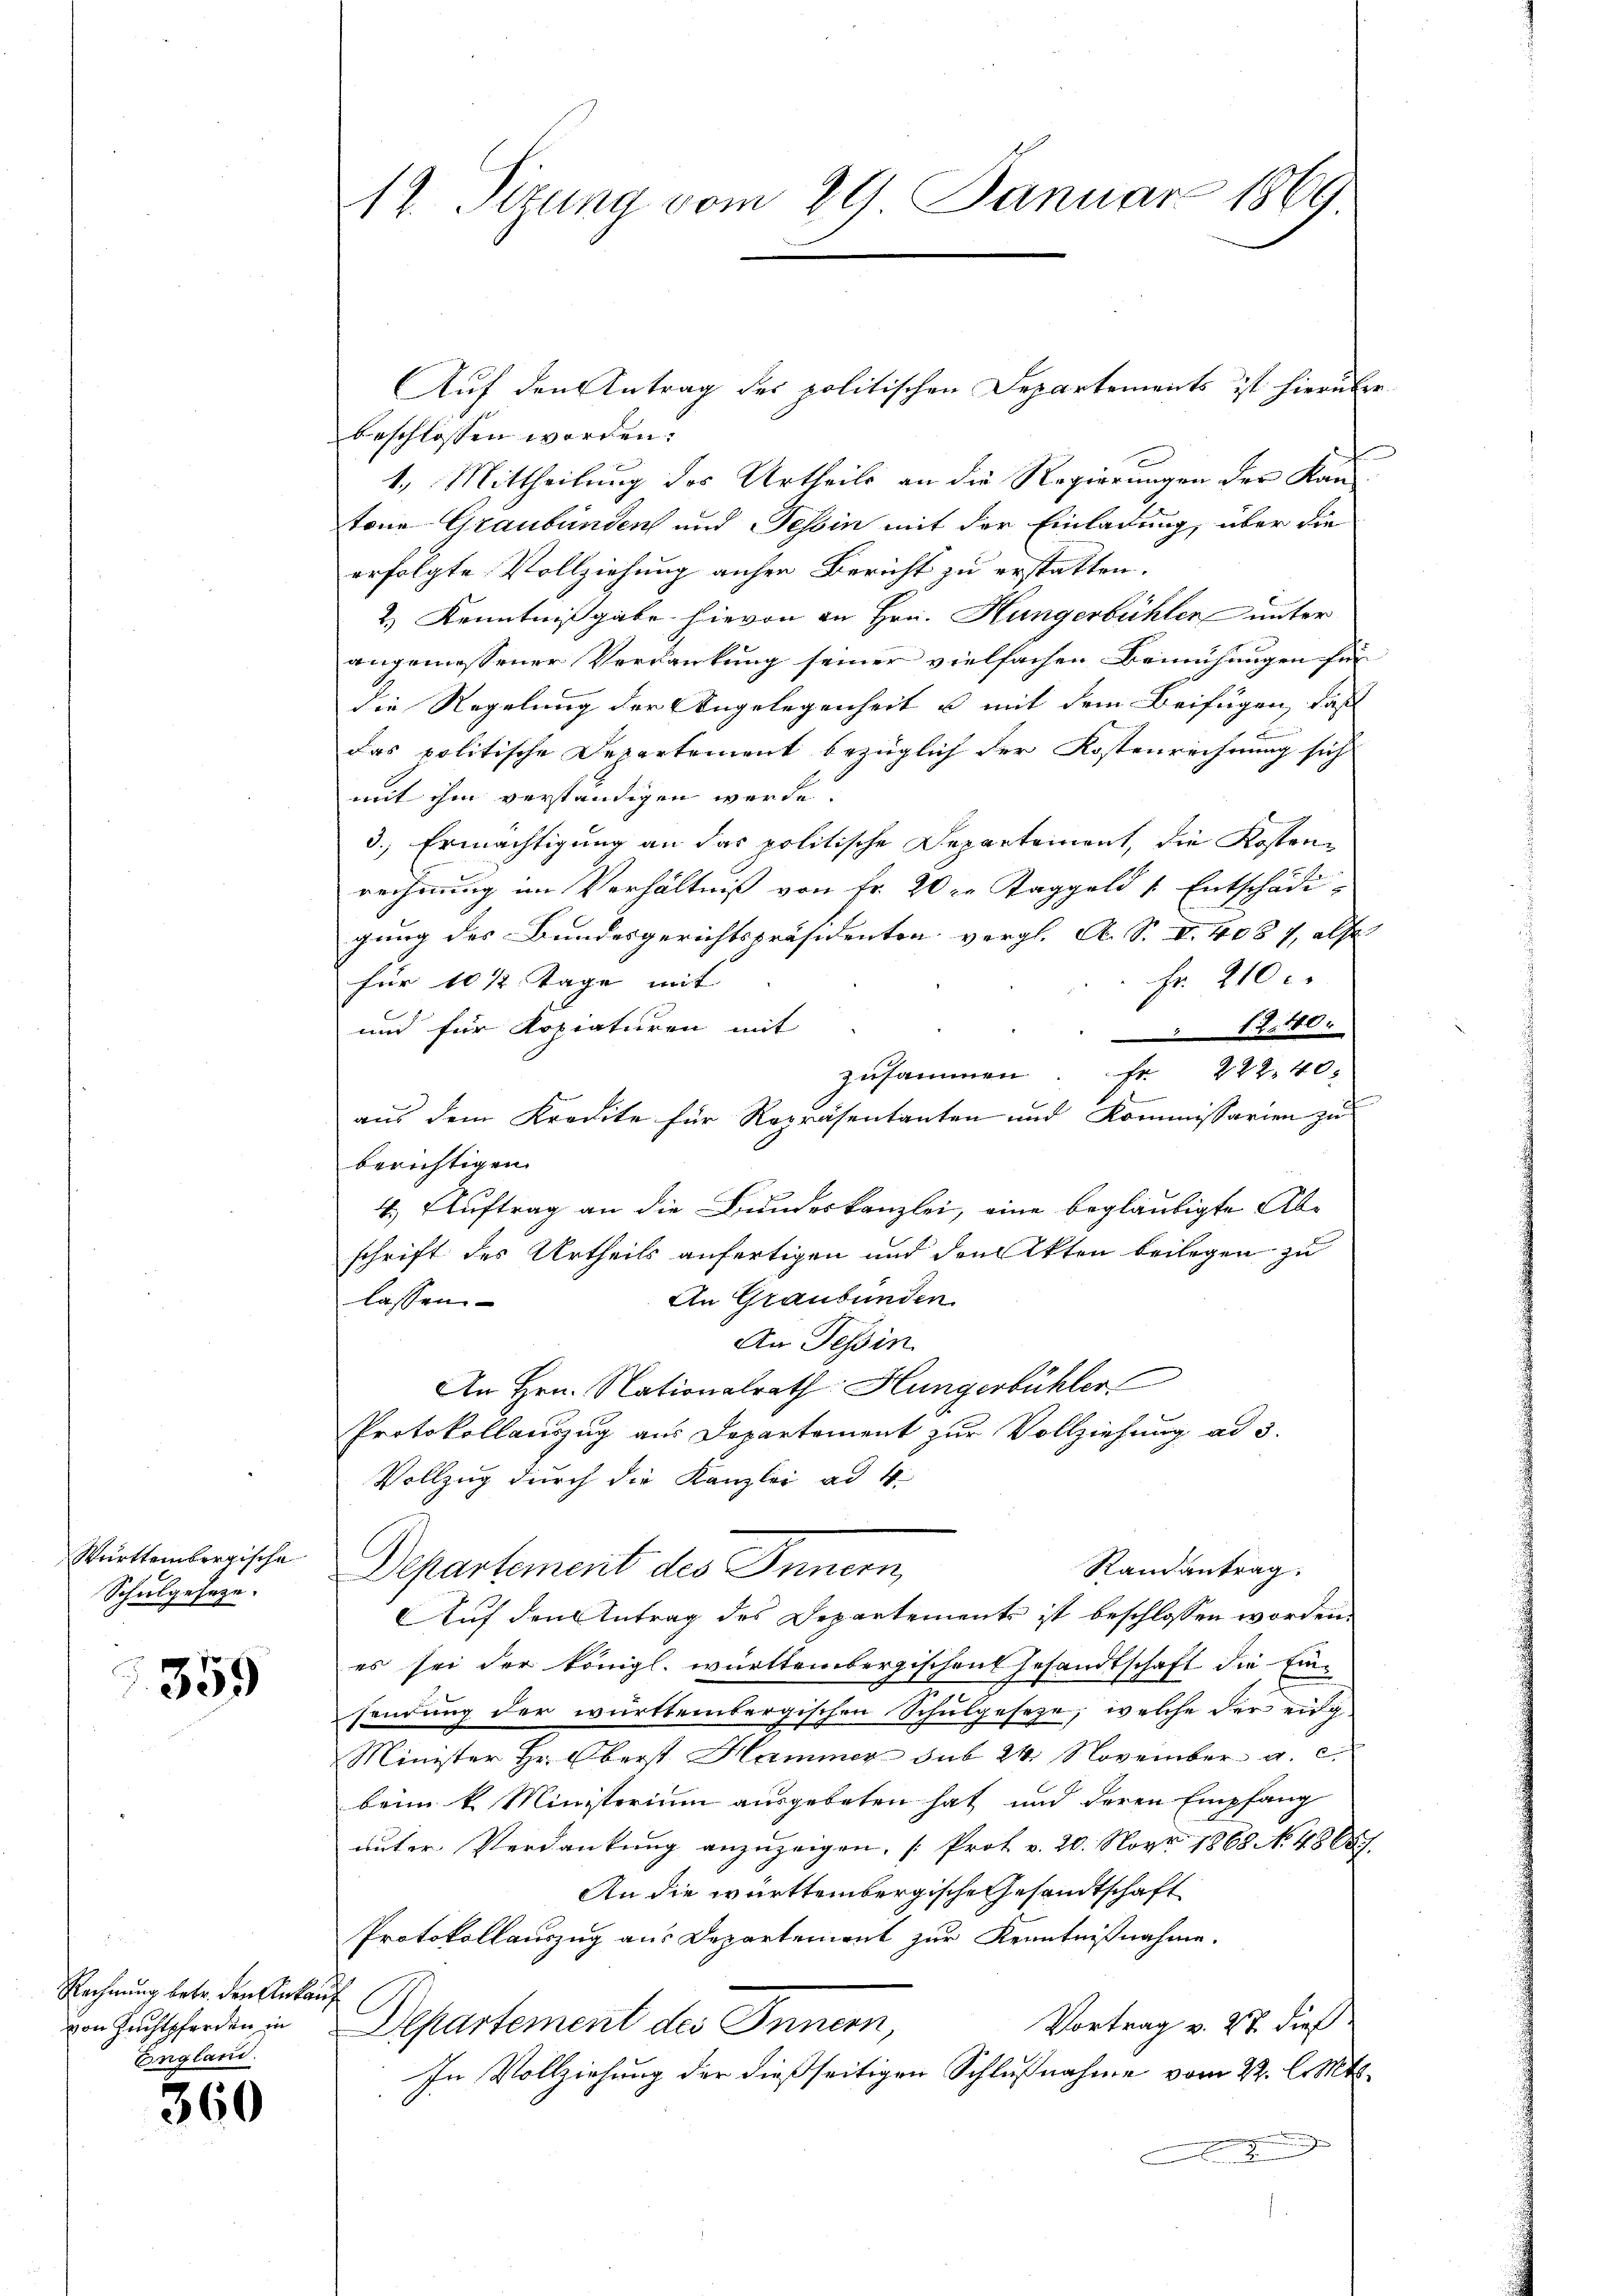
Württembergische
Schulgesetze.

359

Rechnung betr. den Anka
von Zuchtpferden in
Englan

360

12. Sizung vom 29. Januar 1869

Auf den Antrag der politischen Departements ist hierüber
beschlossen worden.
1.) Mittheilung des Urtheils an die Regierungen der Kantone Graubünden und Tessin mit der Einladung, über die
erfolgte Vollziehung anher Bericht zu erstatten.
2.) Kenntnißgabe hievon an Hrn. Hungerbühler unter
angemessener Verdankung seiner vielfachen Bemühungen für
die Regelung der Angelegenheit u mit dem Beifügen, daß
das politische Departement bezüglich der Kostenrechnung sich
mit ihm verständigen werde.
3.) Ermächtigung an das politische Departement, die Kostenrechnung im Verhältniß von fr. 20 xr Taggeld v. Entschädigung des Bundesgerichtspräsidenten vergl. A. S. II. 408 7, also
Fr. 210 c.
für 10 1/2 Tage mit
und für Kopiaturen mit
12. 140.
zusammen. Fr. 222. 40
aus dem Kredite für Repräsentanten und Kommissarien zu
berichtigen.
4.) Auftrag an die Bundeskanzlei, eine beglaubigte Abschrift des Urtheils anfertigen und den Akten beilegen zu
An Graubünden.
lassen.
An Tessin
An Hrn. Nationalrath: Hungerbühler
Protokollauszug aus Departement zur Vollziehung ad 3.
Vollzug durch die Kanzlei ad 4.
Randantrag.
Departement des Innern,
Auf den Antrag des Departements ist beschlossen worden.
es sei der königl. württembergischent Gesandtschaft die Einsondŭng der württembergischen Schŭlgeseze, welche der eig
Minister Hr. Oberst Hammer sub 24. November a. c.
beim k. Ministerium ausgebeten hat und deren Empfang
unter Verdankung anzuzeigen [Prot v. 20. Nov. 1868 No. 48687.
An die württembergische Gesandtschaft
Protokollauszug aus Departement zur Kenntnißnahme.
Vortrag v. 27. dieß
Departement des Innern,
In Vollziehung der dießseitigen Schlußnahme vom 22. l. Mts.
9